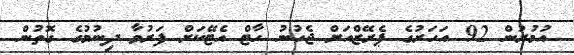
އުމުރުން 92 އަހަރުގެ ޕެރޭޒްއަށް ޖެހުނު ހާޓް އެޓޭކަށް ފަރުވާ ދިނުމުގެ ގޮތުން